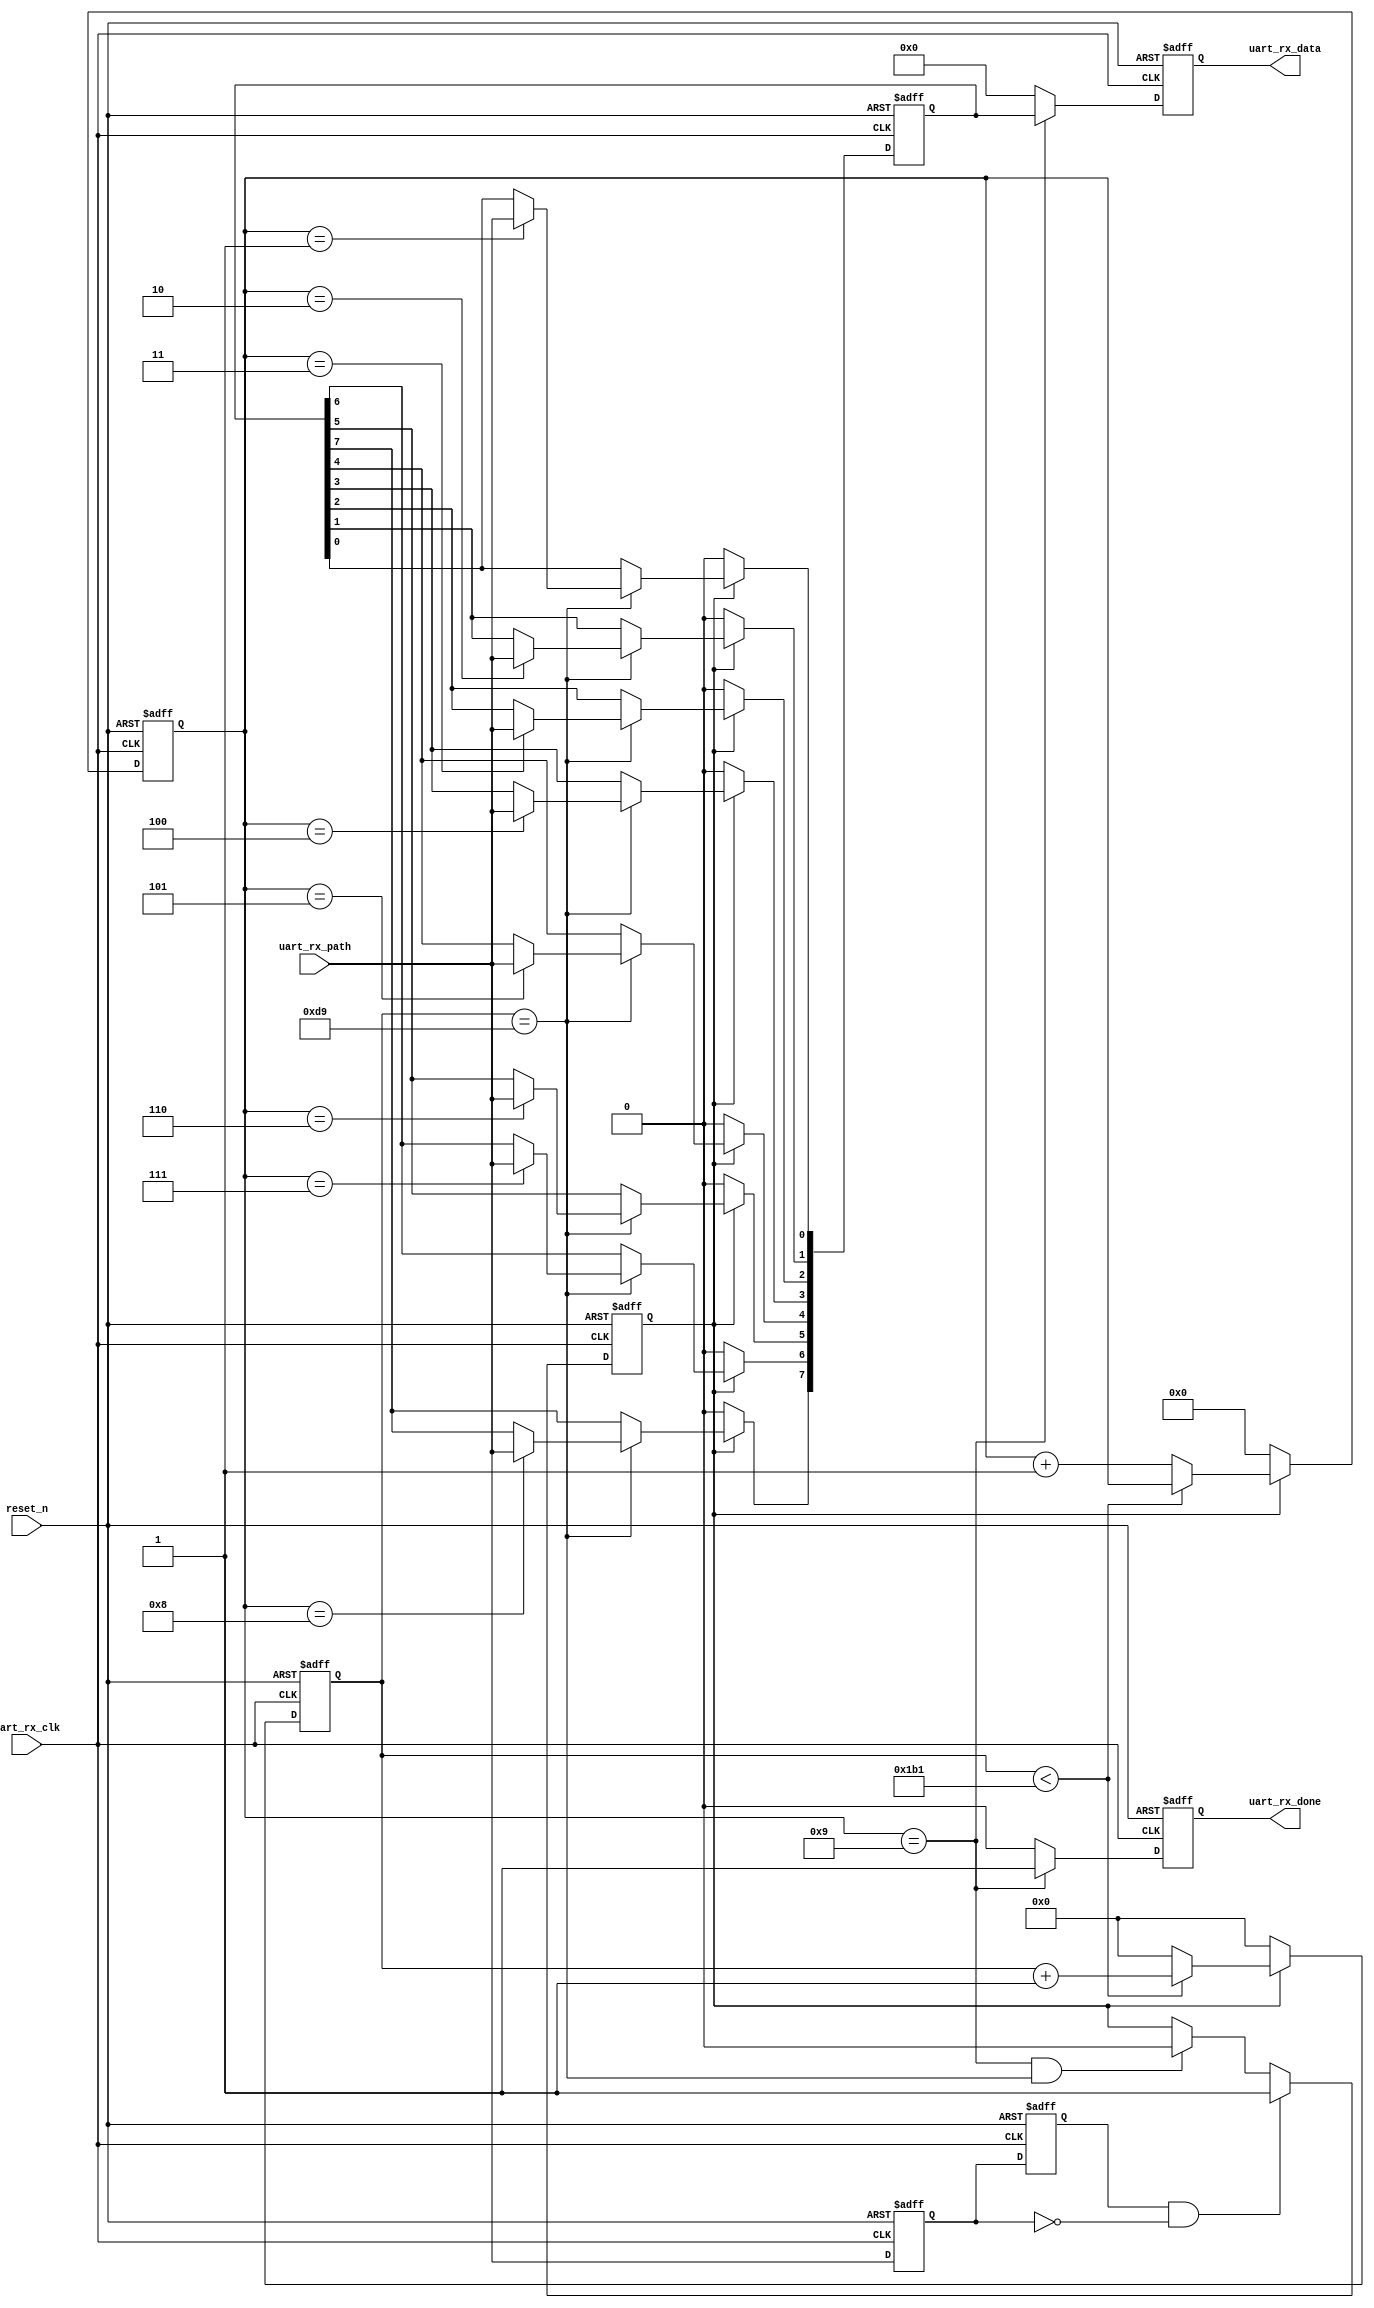
module uart_rx_path
#(
    parameter CLK_FREQ  = 32'd50_000_000,
    parameter UART_BAUD = 32'd115200
)
(
    input wire          uart_rx_clk,
    input wire          reset_n,
        
    output reg  [7:0]   uart_rx_data,
    output reg          uart_rx_done,
        
    input wire          uart_rx_path
);
    
    parameter [31:0] BAUD_RATE_CNT = CLK_FREQ / UART_BAUD;
    
    reg uart_rx_path_delay0;
    reg uart_rx_path_delay1;
    wire uart_rx_start_flag = uart_rx_path_delay1 & (~uart_rx_path_delay0);
    
    reg [31:0]  baud_rate_counter;      // baud rate counter
    reg         uart_recv_flag;         // data recv flag
    reg [3:0]   bit_recv_status;        // bit recv status
    reg [7:0]   recv_byte;              // recv byte
    
    
    always@(posedge uart_rx_clk or negedge reset_n)
    begin
        if(!reset_n)
        begin
            uart_rx_path_delay0 <= 1'b0;
            uart_rx_path_delay1 <= 1'b0;
        end
        else
        begin
            uart_rx_path_delay0 <= uart_rx_path;
            uart_rx_path_delay1 <= uart_rx_path_delay0;
        end
    end
    
    // generate uart_recv_flag signal
    always@(posedge uart_rx_clk or negedge reset_n)
    begin
        if(!reset_n)
        begin
            uart_recv_flag <= 1'b0;
        end
        else
        begin
            if(uart_rx_start_flag)
            begin
                uart_recv_flag <= 1'b1;
            end
            else if((bit_recv_status == 4'd9) && (baud_rate_counter == BAUD_RATE_CNT/2)) // end and wait for next byte
            begin
                uart_recv_flag <= 1'b0;
            end
            else
            begin
                uart_recv_flag <= uart_recv_flag;
            end
        end
    end
    
    // generate bit_recv_status for receiving bit signal
    always@(posedge uart_rx_clk or negedge reset_n)
    begin
        if(!reset_n)
        begin
            baud_rate_counter <= 32'd0;
            bit_recv_status <= 4'd0;
        end
        else if(uart_recv_flag)
        begin
            if(baud_rate_counter < BAUD_RATE_CNT - 1'd1)
            begin
                baud_rate_counter <= baud_rate_counter + 1'd1;
                bit_recv_status <= bit_recv_status;
            end
            else
            begin
                baud_rate_counter <= 32'd0;
                bit_recv_status <= bit_recv_status + 1'd1;
            end
        end
        else
        begin
            baud_rate_counter <= 32'd0;
            bit_recv_status <= 4'd0;
        end
    end
    
    // recv_byte
    always@(posedge uart_rx_clk or negedge reset_n)
    begin
        if(!reset_n)
        begin
            recv_byte <= 8'b0;
        end
        else if(uart_recv_flag)
        begin
            if(baud_rate_counter == BAUD_RATE_CNT/2)
            begin
                case(bit_recv_status)
                    4'd1:   recv_byte[0] <= uart_rx_path;
                    4'd2:   recv_byte[1] <= uart_rx_path;
                    4'd3:   recv_byte[2] <= uart_rx_path;
                    4'd4:   recv_byte[3] <= uart_rx_path;
                    4'd5:   recv_byte[4] <= uart_rx_path;
                    4'd6:   recv_byte[5] <= uart_rx_path;
                    4'd7:   recv_byte[6] <= uart_rx_path;
                    4'd8:   recv_byte[7] <= uart_rx_path;
                    default:;
                endcase
            end
            else
            begin
                recv_byte <= recv_byte;
            end
        end
        else
            recv_byte <= 8'd0;
    end
    
    // uart_rx_data uart_rx_done
    always@(posedge uart_rx_clk or negedge reset_n)
    begin
        if(!reset_n)
        begin
            uart_rx_data <= 8'b0;
            uart_rx_done <= 1'b0;
        end
        else if(bit_recv_status == 4'd9)
        begin
            uart_rx_data <= recv_byte;
            uart_rx_done <= 1'b1;
        end
        else
        begin
            uart_rx_data <= 8'b0;
            uart_rx_done <= 1'b0;
        end
    end
endmodule